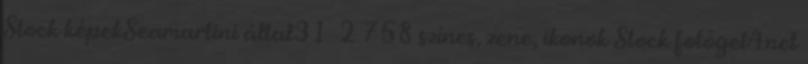
Stock képekSeamartini által31 2 758 színes, zene, ikonok Stock fotóget4net